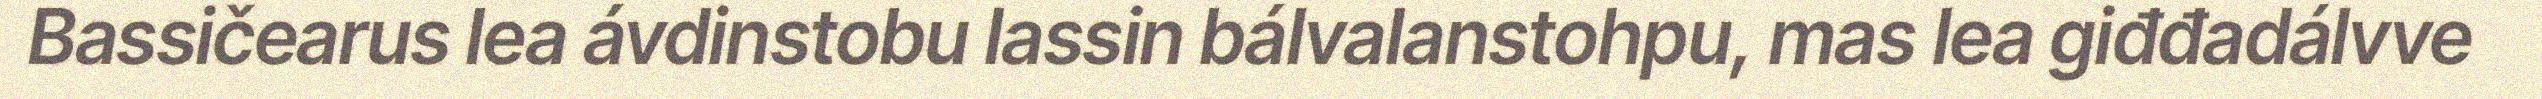
Bassičearus lea ávdinstobu lassin bálvalanstohpu, mas lea giđđadálvve